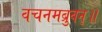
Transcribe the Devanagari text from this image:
वचनमब्रुवन्॥